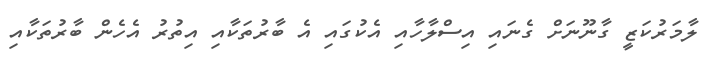
ލާމަރުކަޒީ ގާނޫނަށް ގެނައި އިސްލާހާއި އެކުގައި އެ ބާރުތަކާއި އިތުރު އެހެން ބާރުތަކާއި